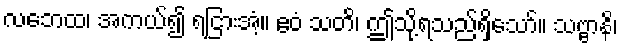
လဘေထ၊ အကယ်၍ ရငြားအံ့။ ဧဝံ သတိ၊ ဤသို့ရသည်ရှိသော်။ သဗ္ဗာနိ၊